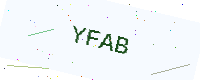
Text: YFAB